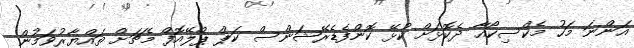
އަންނަ މަހު މެކްސިކޯއާ ދެކޮޅަށް ކުޅޭ ކޮންފެޑެރޭޝަންސް ކަޕް ޕްލޭއޮފް މެޗަށް ތައްޔާރުވަމުން